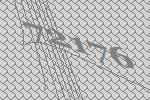
72176